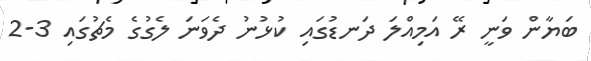
ބަޔާން ވަނީ ރޭ އަމިއްލަ ދަނޑުގައި ކުޅުނު ދެވަނަ ލެގުގެ މެޗުގައި 3-2